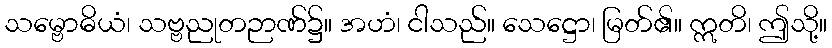
သမ္ဗောဓိယံ၊ သဗ္ဗညုတဉာဏ်၌။ အဟံ၊ ငါသည်။ သေဋ္ဌော၊ မြတ်၏။ ဣတိ၊ ဤသို့။